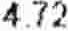
4.72